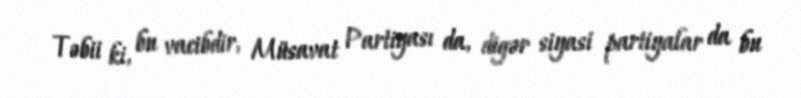
Təbii ki, bu vacibdir, Müsavat Partiyası da, digər siyasi partiyalar da bu